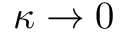
\kappa \rightarrow 0